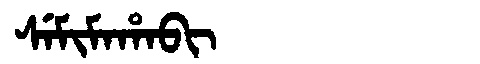
Manchu: ᠰᡝᠮᡳᠮᠠᡥᠠᠪᡳ
Romanization: SEMIMAHABI